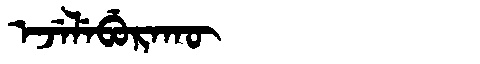
Manchu: ᡝᠵᡝᠯᡝᠪᡠᡵᠠᡴᡡ
Romanization: EJELEBURAKŪ